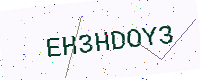
Text: EH3HDOY3